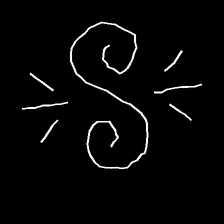
Glyph: wind-directs-air